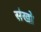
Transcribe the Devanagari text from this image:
संखो